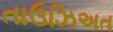
તાઉઝિઅત